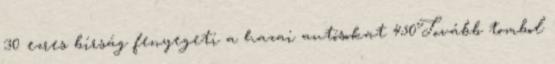
30 ezres bírság fenyegeti a hazai autósokat 450Tovább tombol